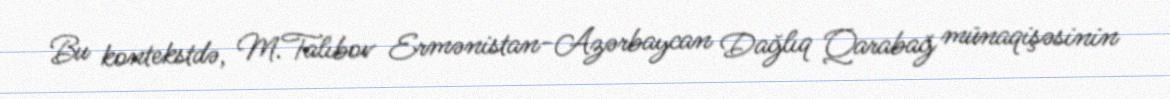
Bu kontekstdə, M.Talıbov Ermənistan-Azərbaycan Dağlıq Qarabağ münaqişəsinin